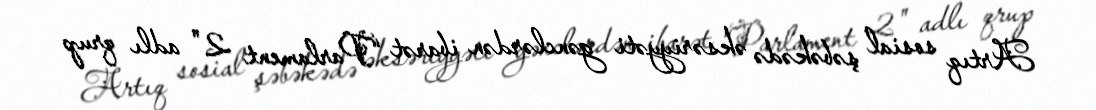
Artıq sosial şəbəkədə əksəriyyəti gənclərdən ibarət “Parlament 2" adlı qrup